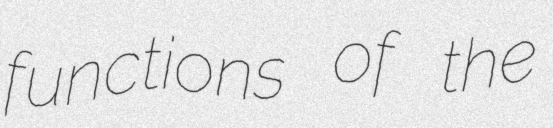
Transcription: functions of the